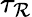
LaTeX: \tau_{\mathcal{R}}